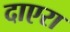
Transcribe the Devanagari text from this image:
दाएरा